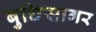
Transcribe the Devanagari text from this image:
बुधिसागर